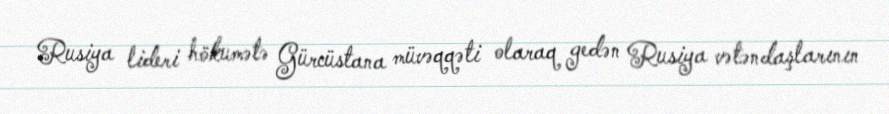
Rusiya lideri hökumətə Gürcüstana müvəqqəti olaraq gedən Rusiya vətəndaşlarının